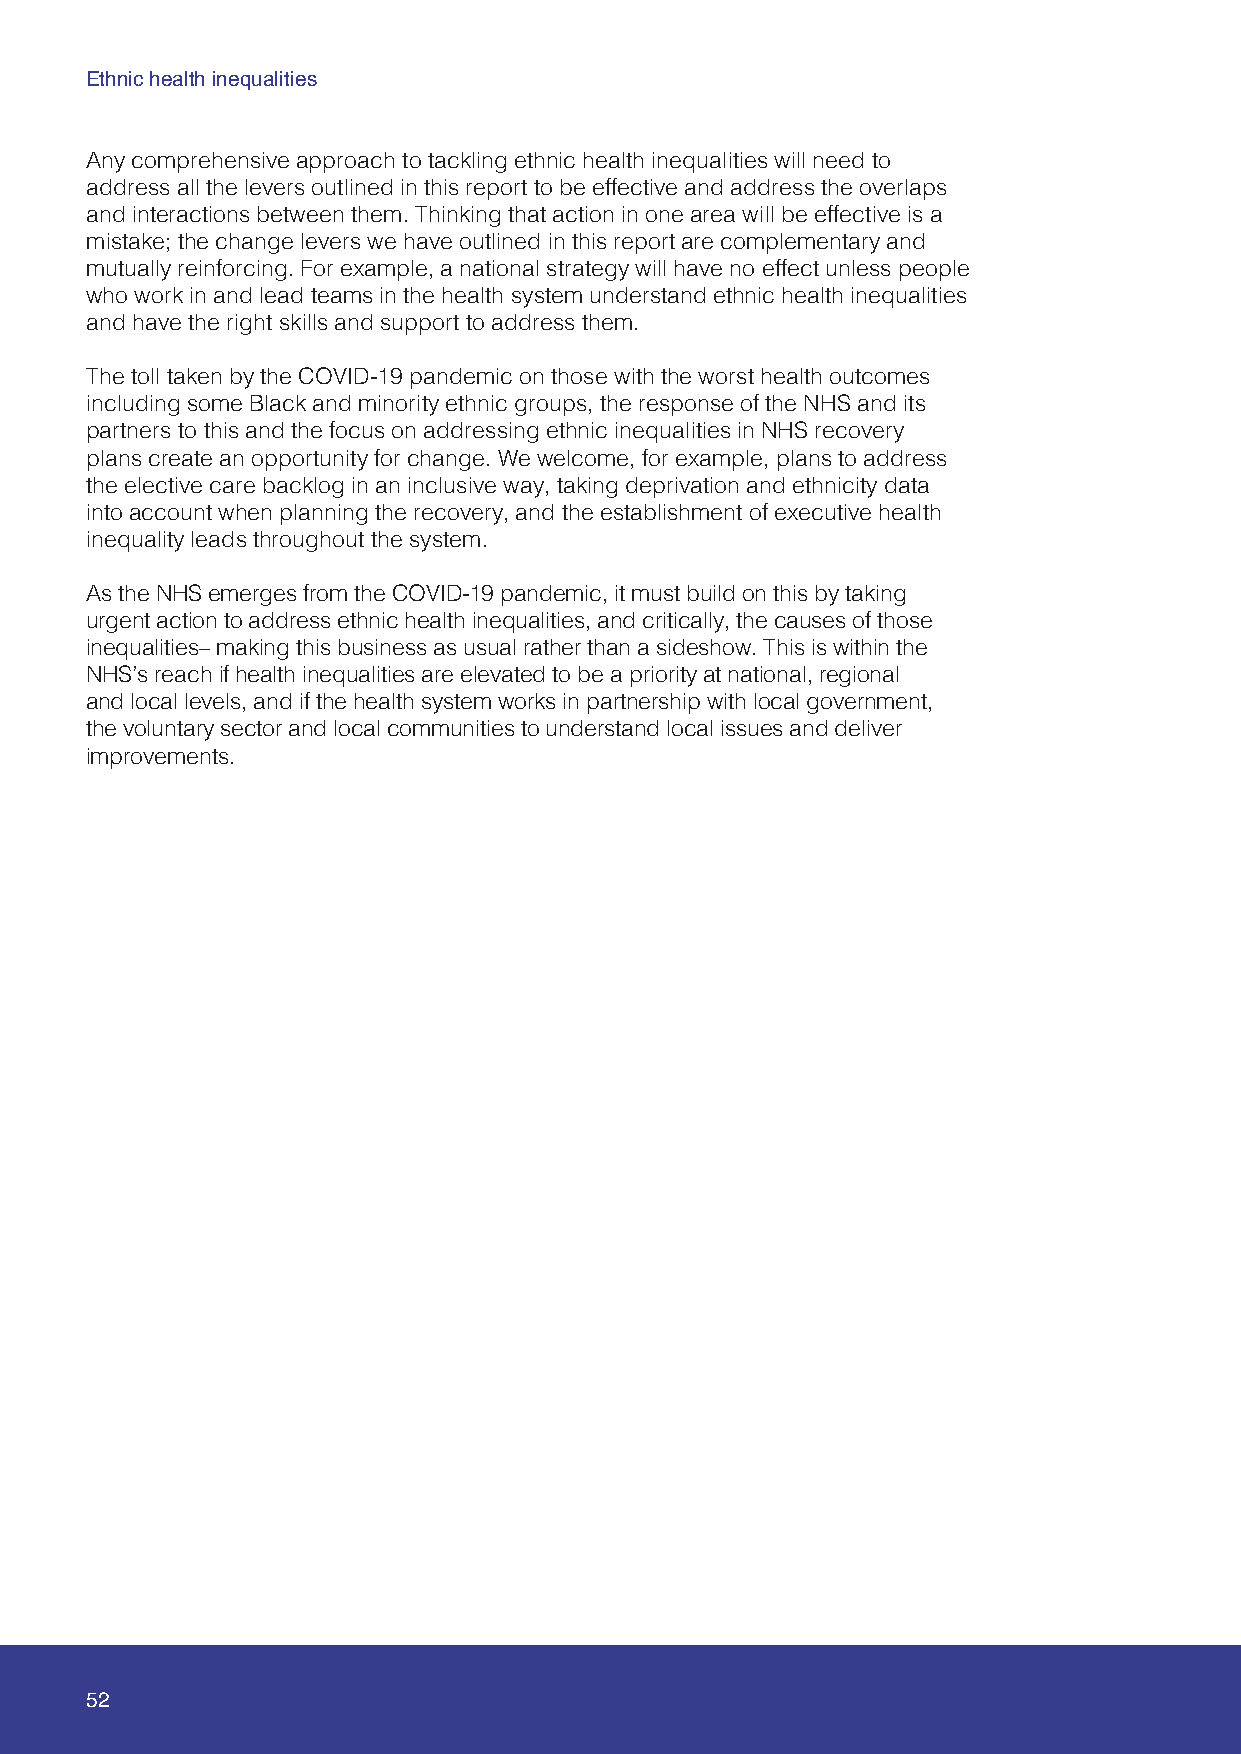
Ethnic health inequalities
 Any comprehensive approach to tackling ethnic health inequalities will need to
 address all the levers outlined in this report to be effective and address the overlaps
 and interactions between them. Thinking that action in one area will be effective is a
 mistake; the change levers we have outlined in this report are complementary and
 mutually reinforcing. For example, a national strategy will have no effect unless people
 who work in and lead teams in the health system understand ethnic health inequalities
 and have the right skills and support to address them.
 The toll taken by the COVID-19 pandemic on those with the worst health outcomes
 including some Black and minority ethnic groups, the response of the NHS and its
 partners to this and the focus on addressing ethnic inequalities in NHS recovery
 plans create an opportunity for change. We welcome, for example, plans to address
 the elective care backlog in an inclusive way, taking deprivation and ethnicity data
 into account when planning the recovery, and the establishment of executive health
 inequality leads throughout the system.
 As the NHS emerges from the COVID-19 pandemic, it must build on this by taking
 urgent action to address ethnic health inequalities, and critically, the causes of those
 inequalities– making this business as usual rather than a sideshow. This is within the
 NHS’s reach if health inequalities are elevated to be a priority at national, regional
 and local levels, and if the health system works in partnership with local government,
 the voluntary sector and local communities to understand local issues and deliver
 improvements.
 52